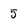
Character: 5